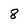
Character: 8